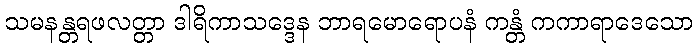
သမနန္တရဖလတ္တာ ဒါရိကာသဒ္ဒေန ဘာရမောရောပနံ ကန္တံ ကကာရာဒေသော